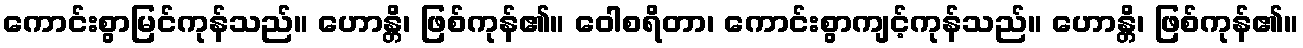
ကောင်းစွာမြင်ကုန်သည်။ ဟောန္တိ၊ ဖြစ်ကုန်၏။ ဝေါစရိတာ၊ ကောင်းစွာကျင့်ကုန်သည်။ ဟောန္တိ၊ ဖြစ်ကုန်၏။